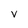
Character: v